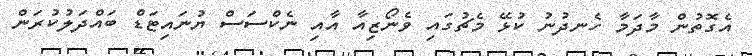
އެގޮތުން މާދަމާ ހެނދުނު ކުޅޭ މެޗުގައި ވެނޯޒިއާ އާއި ނެކްސަސް ޔުނައިޓަޑް ބައްދަލުކުރަން